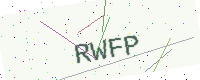
Text: RWFP